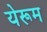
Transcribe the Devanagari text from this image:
येरूम